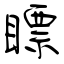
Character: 瞟